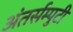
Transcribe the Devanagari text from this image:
अंतर्सम्पुटी